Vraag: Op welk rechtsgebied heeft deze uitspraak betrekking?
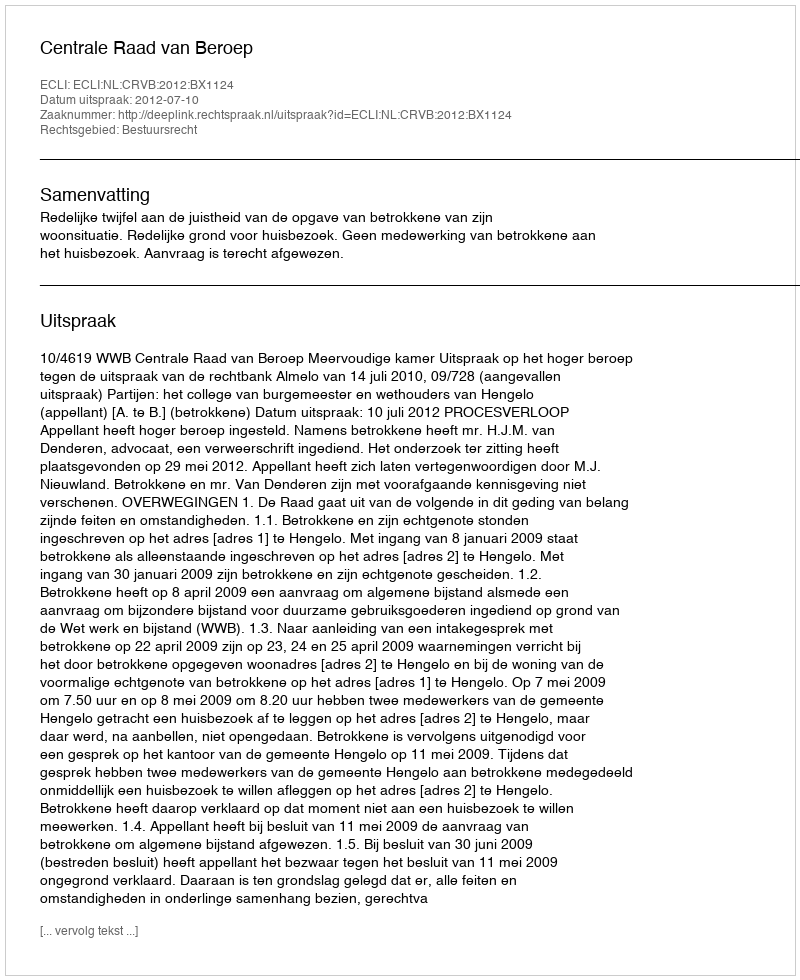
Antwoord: Bestuursrecht